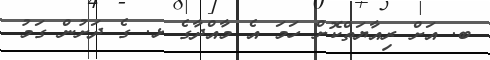
ބ. އަށް ރިއާޔަތްކޮށް ހަމަ އެ މާއްދާގެ ޅ. ގެ ދަށުން ގަމު